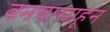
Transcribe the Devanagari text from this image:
वनवासाहून